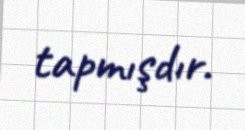
tapmışdır.